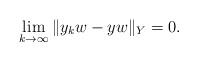
LaTeX: \begin{align*}\lim_{k\to\infty}\|y_kw-yw\|_Y=0.\end{align*}